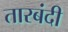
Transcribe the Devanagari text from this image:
तारबंदी